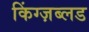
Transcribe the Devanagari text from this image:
किंग्ज़ब्लड